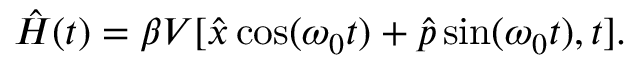
\begin{array} { r } { \hat { H } ( t ) = \beta V [ \hat { x } \cos ( \omega _ { 0 } t ) + \hat { p } \sin ( \omega _ { 0 } t ) , t ] . } \end{array}